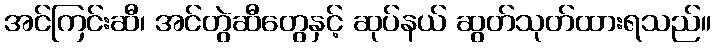
အင်ကြင်းဆီ၊ အင်တွဲဆီတွေနှင့် ဆုပ်နယ် ဆွတ်သုတ်ထားရသည်။